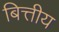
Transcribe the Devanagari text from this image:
बित्तीय